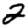
Digit: 2